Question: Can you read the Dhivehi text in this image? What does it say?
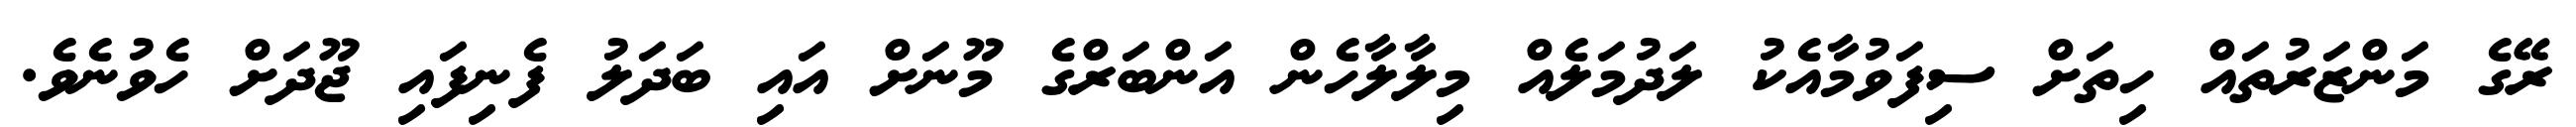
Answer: ރޭގެ މަންޒަރުތައް ހިތަށް ސިފަވުމާއެކު ލަދުމަލެއް މިލާލާހެން އަންބަރްގެ މޫނަށް އައި ބަދަލު ފެނިފައި ޖޫދަށް ހެވުނެވެ.